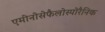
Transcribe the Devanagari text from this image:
एमीनोसेफैलोस्पोरैनिक